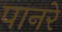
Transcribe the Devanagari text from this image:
पानरे